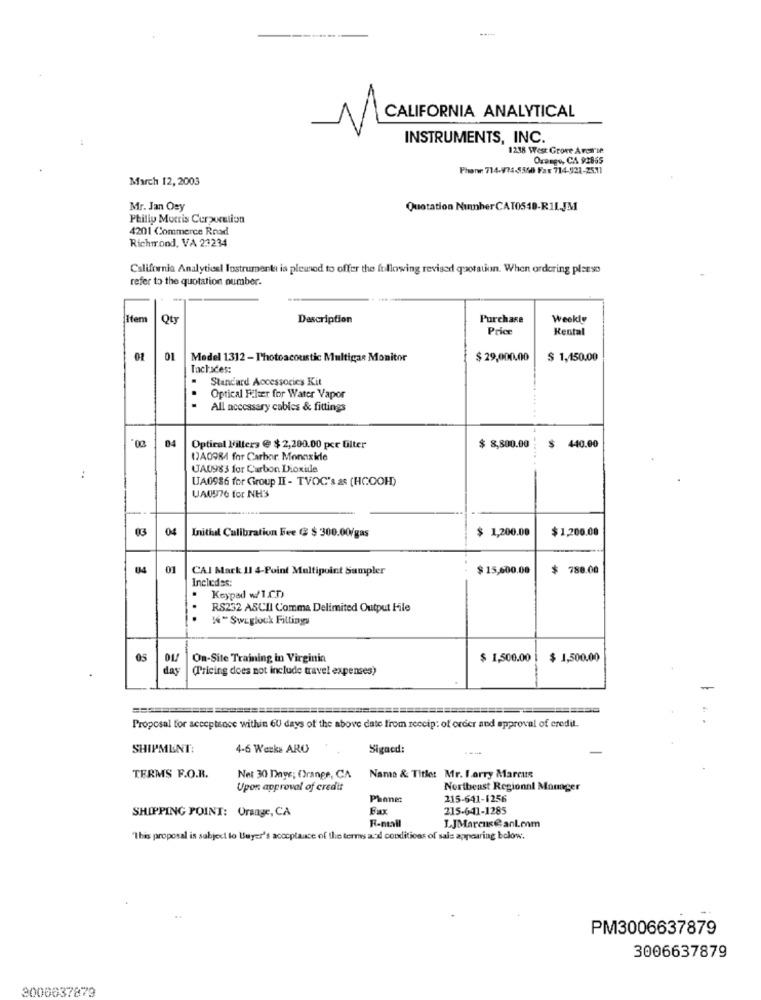
CALIFORNIA ANALYTICAL
INSTRUMENTS, INC.
1238 West Grove Avcarte
Orange, CA 92865
Phone 714-974-5350 Fax 714-921-25.11
March 12, 2003
Mr. Jan Osy
Quotation Nunnher CAT0540-RIL.JM
Philip Morris Curpumtion
4201 Commerce Road
Richmond, VA 23234
California Analytical Iostrumenti ia plewod to offer the following revised quotation. When ordering plesso
refer to the quotation number.
Oty
Description
Purchase
Weekly
Price
Rental
01
Medel 1312 - Photoacoustic Multigar Monitor
$ 29,000.00
$ 1,150.00
Tachades:
Standard Accessories Kit
Optical Filter for Water Vapor
All necessary cables & fittings
04
Optical Filters @ $ 2,200.00 pct Ulter
$ 8,800.00
$
440.00
1)A0984 for Carbor. Monoxide
UAU983 for Carbon Dioxide
:
UA0986 for Group II - TVOC's as (HCOOH)
UA0976 for NH3
03
04
$ 1,200.00
$ 1,200.00
Initial Calibration Fee ( $ 300.00/gas
04
01
CAI Mark II 4-Point Multipoint Sumpler
$15,600.00
$ 788.00
Incledes:
Keypad w/1.CD)
RS232 ASCII Comma Delimited Output File
"" Sweglock Fittings
05
On-Site Training in Virginia
$ 1,500.00
$ 1,500.00
das
(Pricing does not include travel expenses)
Proposal for acceptance within GU days of the above date from receip: of order and approval of eredit.
SHIPMENT:
4-6 Weeks ARO
Sigaed:
TERMS F.O.B.
Net 30 Days; ()range, CA
Name & Title: Mr. Larry Marcus
Upon approval of credit
Northeast Regionnl Manager
Phone
215-641-1256
SHIPPING POINT: Orsage, CA
Fax
215-641-1285
R-ntall
LJMarcuse anl.com
"This proposal is subject to Buyer's acceptance of the terms and conditions of sale appearing bolow.
PM3006637879
3006637879
3006637879